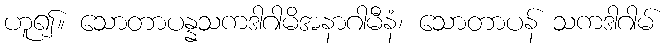
ဟူ၍။ သောတာပန္နသကဒါဂါမိအနာဂါမီနံ၊ သောတာပန် သကဒါဂါမ်